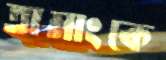
তামাংকে